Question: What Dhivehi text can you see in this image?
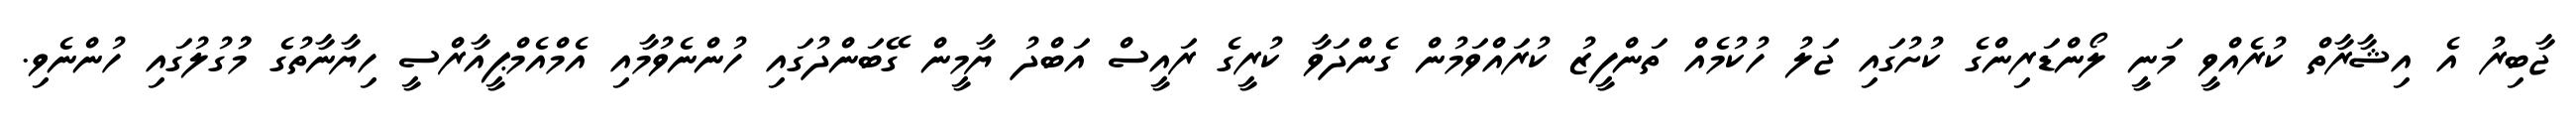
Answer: ޖާބިރު އެ އިޝާރާތް ކުރެއްވީ މަނީ ލޯންޑަރިންގެ ކުށުގައި ޖަލު ހުކުމެއް ތަންފީޒު ކުރައްވަމުން ގެންދަވާ ކުރީގެ ރައީސް އަބްދު ޔާމީން ގޭބަންދުގައި ހުންނެވުމާއި އެމްއެމްޕީއާރްސީ ހިޔާނާތުގެ މުުގުލުގައި ހުންނެވި.